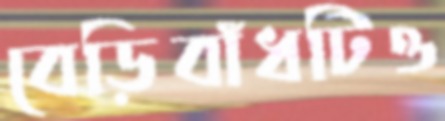
বেড়িবাঁধটিও